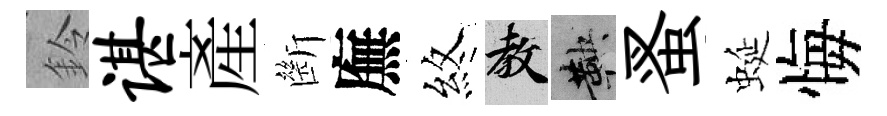
鈴谌産㫁廡煞教鞅蚤蜒悔